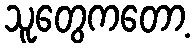
သူတွေကတော့